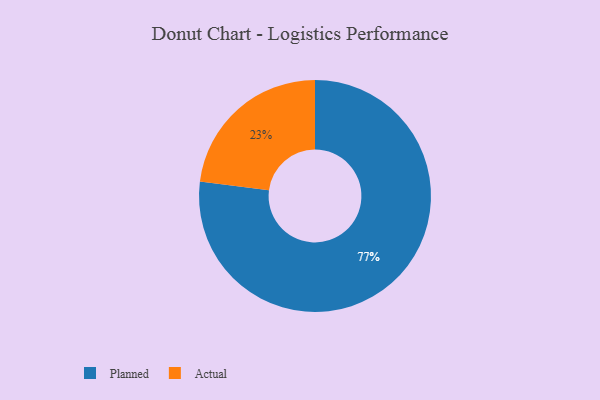
{"axis": {"x": "Category", "y": "Percentage"}, "legend": ["Actual", "Planned"], "data": [{"x": "Actual", "y": 23, "type": "Actual"}, {"x": "Planned", "y": 77, "type": "Planned"}]}